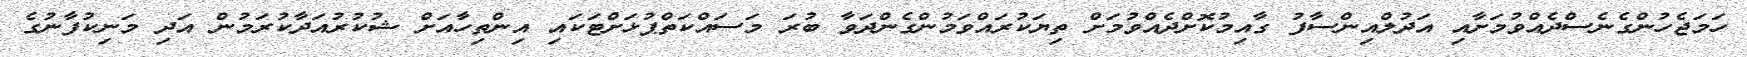
ހަމަޖެހުންގެނެސްދެއްވުމަށާއި އަދުލްއިންސާފު ގާއިމުކޮށްދެއްވުމަށް ތިޔަކުރައްވަމުންގެންދަވާ ބުރަ މަސައްކަތްޕުޅަށްޓަކައި އިންތިހާއަށް ޝުކުރުއަދާކުރަމުން އަދި މަނިކުފާނުގެ